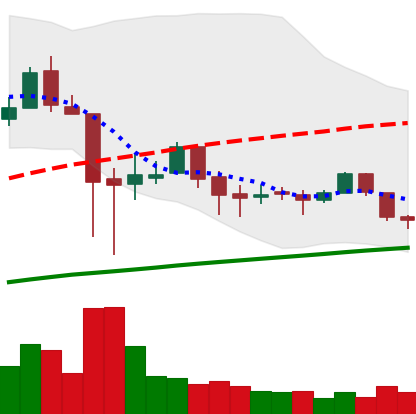
Ticker: LTC-USD
Chart end date: 2018-01-31
Forward return: -23.276%
Label: down_7plus